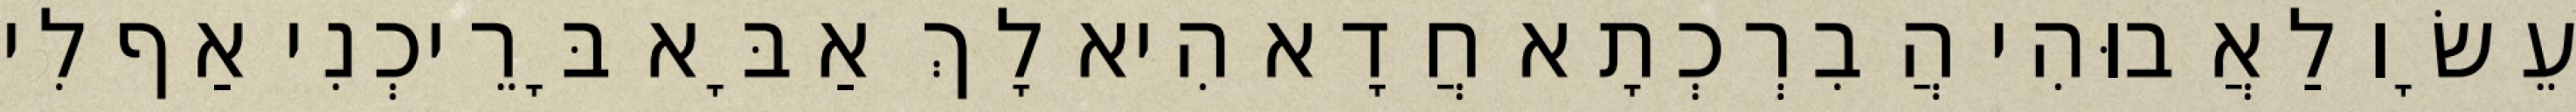
עֵשָׂו לַאֲבוּהִי הֲבִרְכְתָא חֲדָא הִיא לָךְ אַבָּא בָּרֵיכְנִי אַף לִי